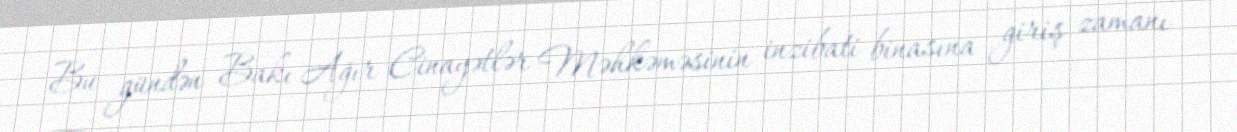
Bu gündən Bakı Ağır Cinayətlər Məhkəməsinin inzibati binasına giriş zamanı